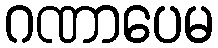
ဂဏာပေမ